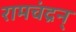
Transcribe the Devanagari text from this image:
रामचंद्रन्‌